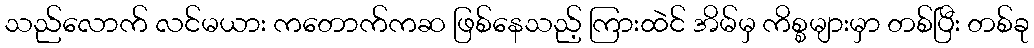
သည်လောက် လင်မယား ကတောက်ကဆ ဖြစ်နေသည့် ကြားထဲင် အိမ်မှ ကိစ္စများမှာ တစ်ပြီး တစ်ခု